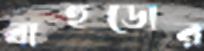
বাহুডোর